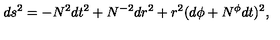
d s ^ { 2 } = - N ^ { 2 } d t ^ { 2 } + N ^ { - 2 } d r ^ { 2 } + r ^ { 2 } ( d \phi + N ^ { \phi } d t ) ^ { 2 } ,